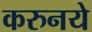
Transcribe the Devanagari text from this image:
करुनये